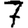
Digit: 7